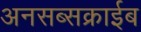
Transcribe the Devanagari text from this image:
अनसब्सक्राईब